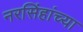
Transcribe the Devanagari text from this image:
नरसिंहांच्या